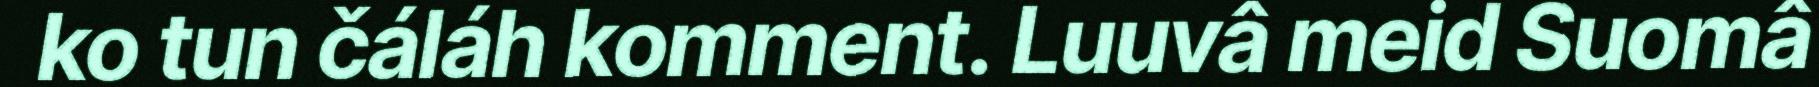
ko tun čáláh komment. Luuvâ meid Suomâ